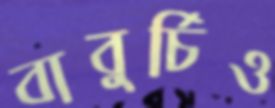
বাবুর্চিও